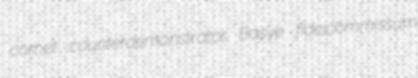
comet counterdemonstrator Basye fideicommissum